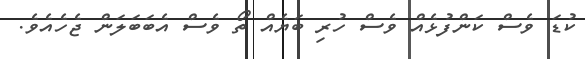
ކުޑަ ވެސް ކަންފުޅެއް ވެސް ހުރި ބަޔެެއް ތޯ ވެސް އެބަބަލަން ޖެހެއެވެ.